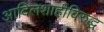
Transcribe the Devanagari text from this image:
आदिलशाहीविरुद्ध